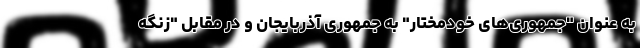
به عنوان "جمهوری‌های خودمختار" به جمهوری آذربایجان و در مقابل "زنگه